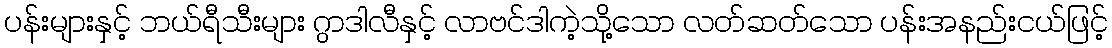
ပန်းများနှင့် ဘယ်ရီသီးများ ဂွာဒါလီနှင့် လာဗင်ဒါကဲ့သို့သော လတ်ဆတ်သော ပန်းအနည်းငယ်ဖြင့်